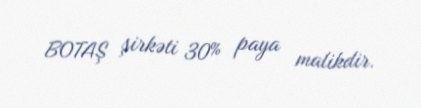
BOTAŞ şirkəti 30% paya malikdir.